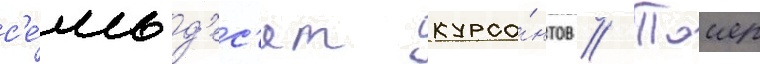
с'е́мьд'ес'ят курса́нтов // Таиер